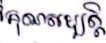
គុណសម្បត្តិ